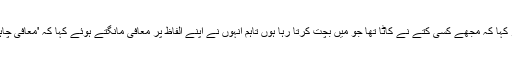
شہباز شریف نے جذبات میں آکر کہا کہ مجھے کسی کتے نے کاٹا تھا جو میں بچت کرتا رہا ہوں تاہم انہوں نے اپنے الفاظ پر معافی مانگتے ہوئے کہا کہ 'معافی چاہتا ہوں سخت الفاظ واپس لیتا ہوں ۔